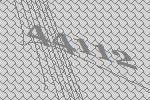
44112